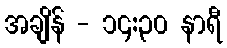
အချိန် - ၁၄:၃၀ နာရီ